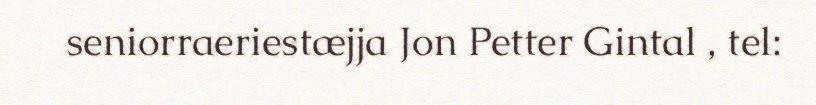
seniorraeriestæjja Jon Petter Gintal , tel: